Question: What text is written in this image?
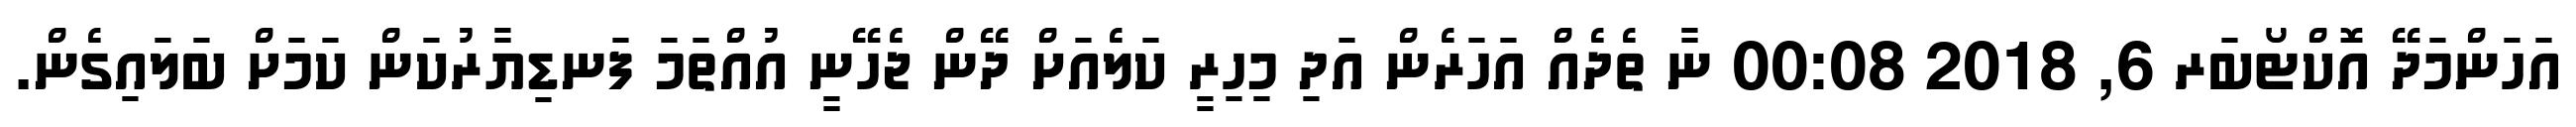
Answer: އަހަންމަދޭ އޮކްޓޯބަރ 6, 2018 00:08 ނާ ތެދެއް އަހަރެން އަދި މިހިރީ ކަލެއަށް ދޭން ޖެހޭނީ އުއްތަމަ ފަނޑިޔާރުކަން ކަމަށް ބަލައިގެން.